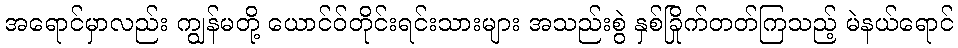
အရောင်မှာလည်း ကျွန်မတို့ ယောင်ဝ်တိုင်းရင်းသားများ အသည်းစွဲ နှစ်ခြိုက်တတ်ကြသည့် မဲနယ်ရောင်